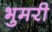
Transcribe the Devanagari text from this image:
भुमरी